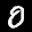
Label: 0